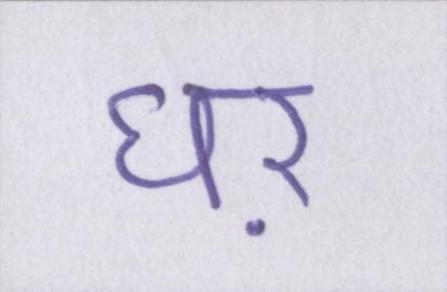
घऱ